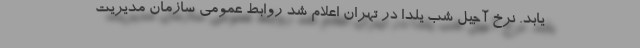
یابد. نرخ آجیل شب یلدا در تهران اعلام شد روابط عمومی سازمان مدیریت